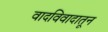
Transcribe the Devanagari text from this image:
वादविवादातून